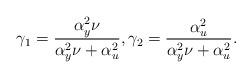
LaTeX: \begin{align*}\gamma_1=\frac{\alpha_y^2 \nu}{\alpha_y^2\nu+\alpha_u^2}, \gamma_2=\frac{\alpha_u^2}{\alpha_y^2\nu+\alpha_u^2}.\end{align*}